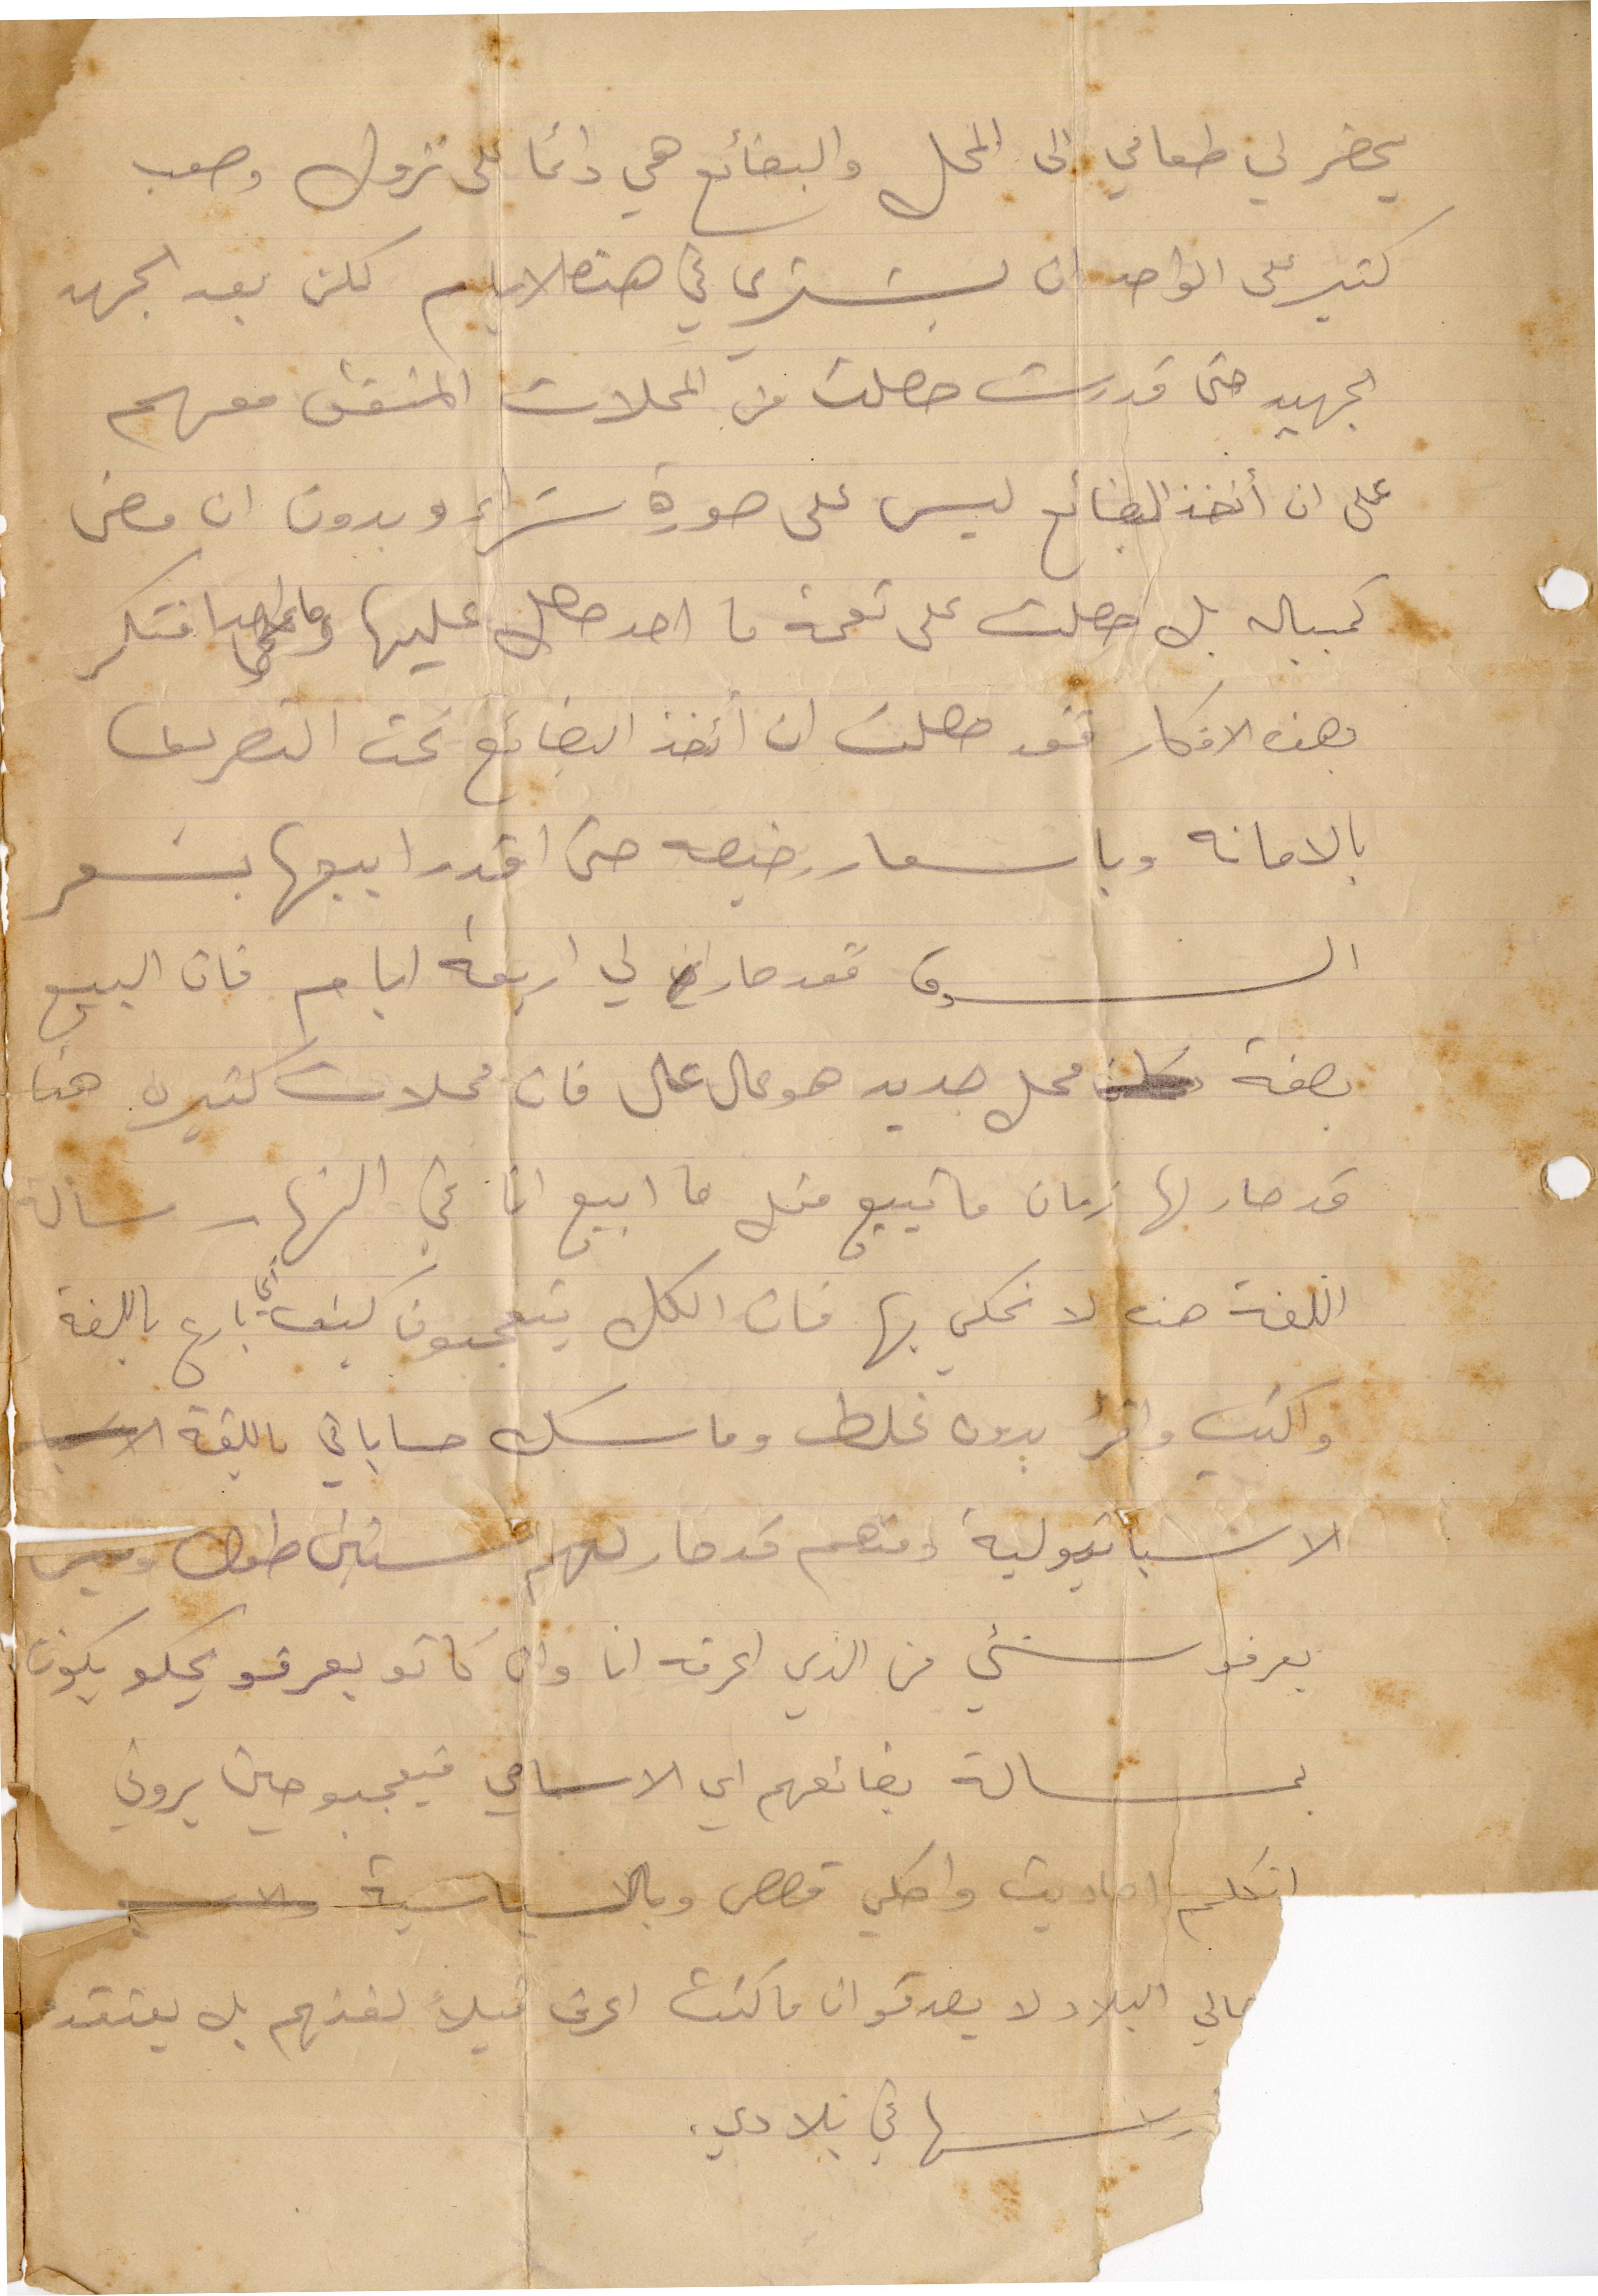
يحضر لي طعامي الى المحل والبضائع هي دائمًا لى نزول وصعب
كتير على الواحد ان يشتري في هذه الأيام كلن بعد الجهد
الجهيد حتى قدرت حصلت من المحلات المتفق معهم
على ان اخذ البضائع ليس على صورة شراء وبدون ان مضى
كمبيالة بل حصلت على نعمة ما احد حصل عليها وما أحدا افتكر
بهذه الأفكار فقد حصلت ان اتخذ البضائع تحت التصرف
بالأمانة وباسعار رخيصة حتى اقدر ابيعها بسعر
السوق فقد صار لي أربعة أيام فان البيع
بصفة محل جديد هو عال عال فان محلات كثيرة هنا
قد صار لها زمان ما تبيع قبل ما ابيع انا في النار مسألة
اللغة هن لا نحكي بها فان الكل يتعجبون كيف بأربع باللغة
واكتب واقرأ بدون غلط وماسك حساباتي باللغة
الاسبانيولية ومنهم قد صار لهم سنين طوالة وليس
يعرفو شيء من الذي اعرفه انا وان كانو يعرفو يحكو يكون
بمسألة بضائعهم أي الاسامي فيتعجبون يروني
أتكلم احاديث واحكي قصص وبالسياسة والادب
أهالي البلاد لا يصدقو ان ا كنت اعرف قبلًأ لغتهم بل يعتقدو
درسها في بلادي